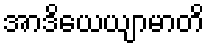
အာဒိယေယျာမာတိ